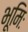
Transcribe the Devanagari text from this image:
भूमिः